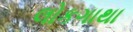
લોકગાથા